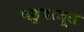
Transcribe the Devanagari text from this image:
चहुबाजूस